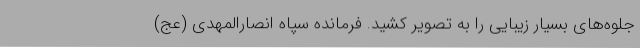
جلوه‌های بسیار زیبایی را به تصویر کشید. فرمانده سپاه انصارالمهدی (عج)